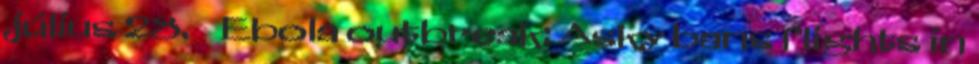
július 28. ↑ Ebola outbreak: Asky bans flights in